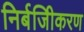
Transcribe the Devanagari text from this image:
निर्बजिीकरण